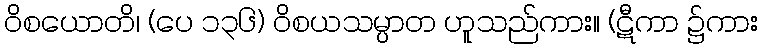
ဝိစယောတိ၊ (ပေ ၁၃၆) ဝိစယသမ္ပာတ ဟူသည်ကား။ (ဋီကာ ၌ကား